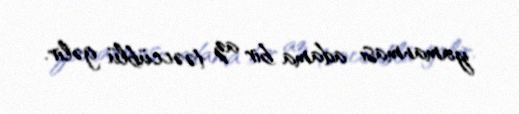
yamanması adama bir az təəccüblü gəlir.